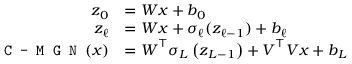
\begin{array} { r l } { \boldsymbol { z } _ { 0 } } & { = \boldsymbol { W } \boldsymbol { x } + \boldsymbol { b } _ { 0 } } \\ { \boldsymbol { z } _ { \ell } } & { = \boldsymbol { W } \boldsymbol { x } + \sigma _ { \ell } ( \boldsymbol { z } _ { \ell - 1 } ) + \boldsymbol { b } _ { \ell } } \\ { \mathrm { \texttt { C - M G N } } ( \boldsymbol { x } ) } & { = \boldsymbol { W } ^ { \top } \sigma _ { L } \left( \boldsymbol { z } _ { L - 1 } \right) + \boldsymbol { V } ^ { \top } \boldsymbol { V } \boldsymbol { x } + \boldsymbol { b } _ { L } } \end{array}